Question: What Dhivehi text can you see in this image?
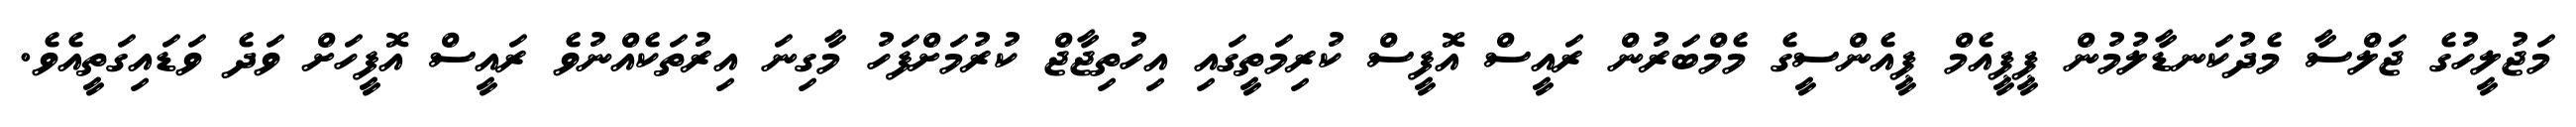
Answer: މަޖުލީހުގެ ޖަލްސާ މެދުކަނޑާލުމުން ޕީޕީއެމް ޕީއެންސީގެ މެމްބަރުން ރައީސް އޮފީސް ކުރިމަތީގައި އިހުތިޖާޖް ކުރުމަށްފަހު މާގިނަ އިރުތަކެއްނުވެ ރައީސް އޮފީހަށް ވަދެ ވަޑައިގަތީއެވެ.